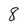
Character: 8